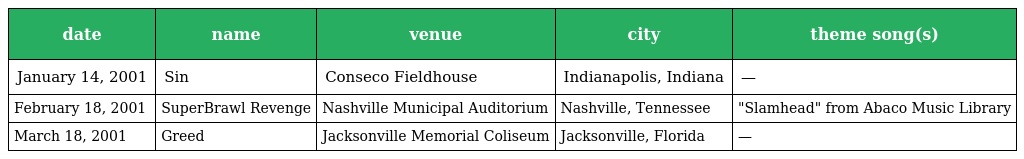
| date | name | venue | city | theme song(s) |
 | --- | --- | --- | --- | --- |
 | January 14, 2001 | Sin | Conseco Fieldhouse | Indianapolis, Indiana | — |
 | February 18, 2001 | SuperBrawl Revenge | Nashville Municipal Auditorium | Nashville, Tennessee | "Slamhead" from Abaco Music Library |
 | March 18, 2001 | Greed | Jacksonville Memorial Coliseum | Jacksonville, Florida | — |